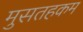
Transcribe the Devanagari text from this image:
मुसतहकम